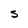
Character: s